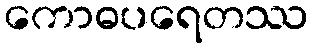
ကောဓပရေတဿ